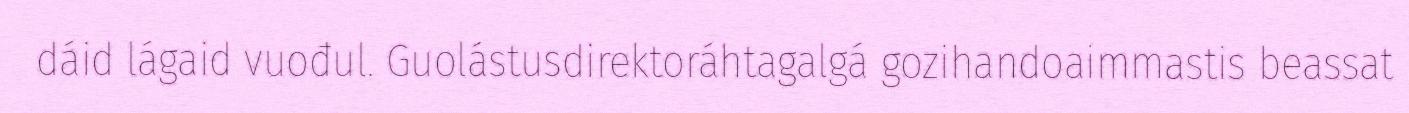
dáid lágaid vuođul. Guolástusdirektoráhtagalgá gozihandoaimmastis beassat